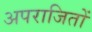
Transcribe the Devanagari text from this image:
अपराजितों